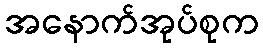
အနောက်အုပ်စုက